system: You are a helpful assistant.
user:
Analyze the provided spectrum to determine if it is a **White Dwarf (WD)**.

A White Dwarf spectrum is defined by its **extreme purity** (due to gravitational settling) and/or **extreme pressure broadening** (due to high surface gravity). You must check for one of the following mutually exclusive signatures:

- **Key Visual Indicators (Check for ONE of these types):**

    - **1. DA-Type Signature (Most Common):**
        - **(Primary Feature):** Extreme pressure broadening (Stark broadening) of the **Hydrogen (H) Balmer lines**.
        - **(Key Lines):** $H\beta$ (approx. $4861$ Å) and $H\gamma$ (approx. $4340$ Å). $H\alpha$ (approx. $6563$ Å) will also be present if the wavelength range covers it.
        - **(Line Profile):** This is the **defining feature**. The lines are **NOT** sharp. They appear as massive, **extremely broad and deep "troughs" or "dips"** in the spectrum, often hundreds of Ångströms wide. The continuum will appear to "scoop" down at these wavelengths.
        - **(Distinction):** Normal A-type or B-type stars have *narrow* and *sharp* Hydrogen lines. A DA White Dwarf's lines are unmistakably "smeared" or "blurry" from pressure.

    - **2. DB-Type Signature:**
        - **(Primary Feature):** Broad absorption lines from **Neutral Helium (He I)**. The spectrum must lack any visible Hydrogen lines.
        - **(Key Lines):** Look for broad absorption near $4471$ Å, $4921$ Å, and $5876$ Å.
        - **(Line Profile):** These lines are also significantly pressure-broadened, appearing much wider than they would in a normal B-type main-sequence star.

    - **3. DC-Type Signature:**
        - **(Primary Feature):** A **featureless continuous spectrum**.
        - **(Line Profile):** The spectrum is a smooth curve with **no significant absorption or emission lines**.
        - **(Key Confirmation):** The continuum is almost always **blue or white**, indicating a hot object. This signature implies the atmosphere is so pure (or so cool) that no spectral lines are visible in the optical range. Its WD identity is confirmed by its extremely low intrinsic brightness (high absolute magnitude).

    - **4. DZ-Type Signature (Metal-Polluted):**
        - **(Primary Feature):** **Isolated, narrow metal absorption lines** on an otherwise featureless (DC-like) continuum.
        - **(Key Lines):** The **Calcium (Ca II) H & K doublet** (approx. **$3934$ Å** and **$3968$ Å**) is the most common and defining feature.
        - **(Line Profile):** These lines are "out of place." They are *not* part of a "forest" of thousands of lines. This signature is evidence of recent *accretion* (pollution) from rocky debris.
        - **(Distinction):** Normal G/K/M stars have a *dense forest* of thousands of metal lines. A DZ has a *clean* continuum with *only a few* strong metal lines.

    - **5. DQ-Type Signature (Carbon-Polluted):**
        - **(Primary Feature):** Absorption bands from **Carbon (C₂ "Swan Bands" or atomic C I)**.
        - **(Key Lines - C₂):** Look for bandheads with a "saw-tooth" shape near $5635$ Å, **$5165$ Å** (strongest), and $4737$ Å.
        - **(Key Confirmation):** The underlying **continuum must be blue or white** (hot).
        - **(Distinction):** This is the critical difference from a **Carbon Star**, which has the *exact same* C₂ bands but on an extremely **red, cool** continuum.

- **(Overall Spectrum):**
    - The continuum (overall shape) is typically **blue-sloping** (brighter in the blue than the red), as most white dwarfs are very hot.
    - The spectrum will look "pure" or "simple," dominated by only *one* of the five signatures listed above.

Think first, call **spectral_visualization_tool** if needed to examine features in detail, then provide your final answer. Your response must adhere to the following strict rules:
1.  **Overall Structure:** Your response must follow the format `<think>...</think> <tool_call>...</tool_call> (if a tool is used) <answer>...</answer>`.
2.  **Tool Usage Constraint:** You may only make **one** tool call per turn.
3.  **Final Answer Format:** In the `<answer>` tag, your conclusion must be inside a `\boxed{}` command (e.g., `\boxed{YES}` or `\boxed{NO}`), followed by your justification.

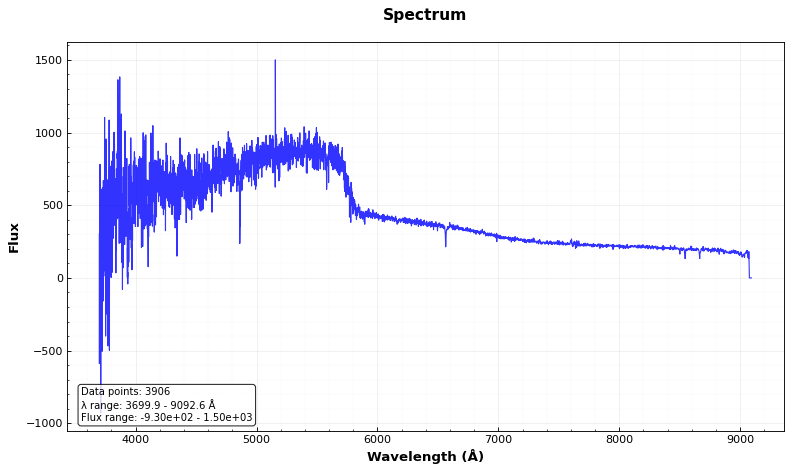
Answer: NO